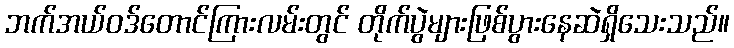
ဘက်အယ်ဝဒ်တောင်ကြားလမ်းတွင် တိုက်ပွဲများဖြစ်ပွားနေဆဲရှိသေးသည်။